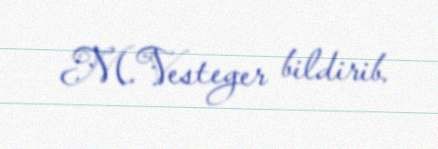
M.Vesteger bildirib.